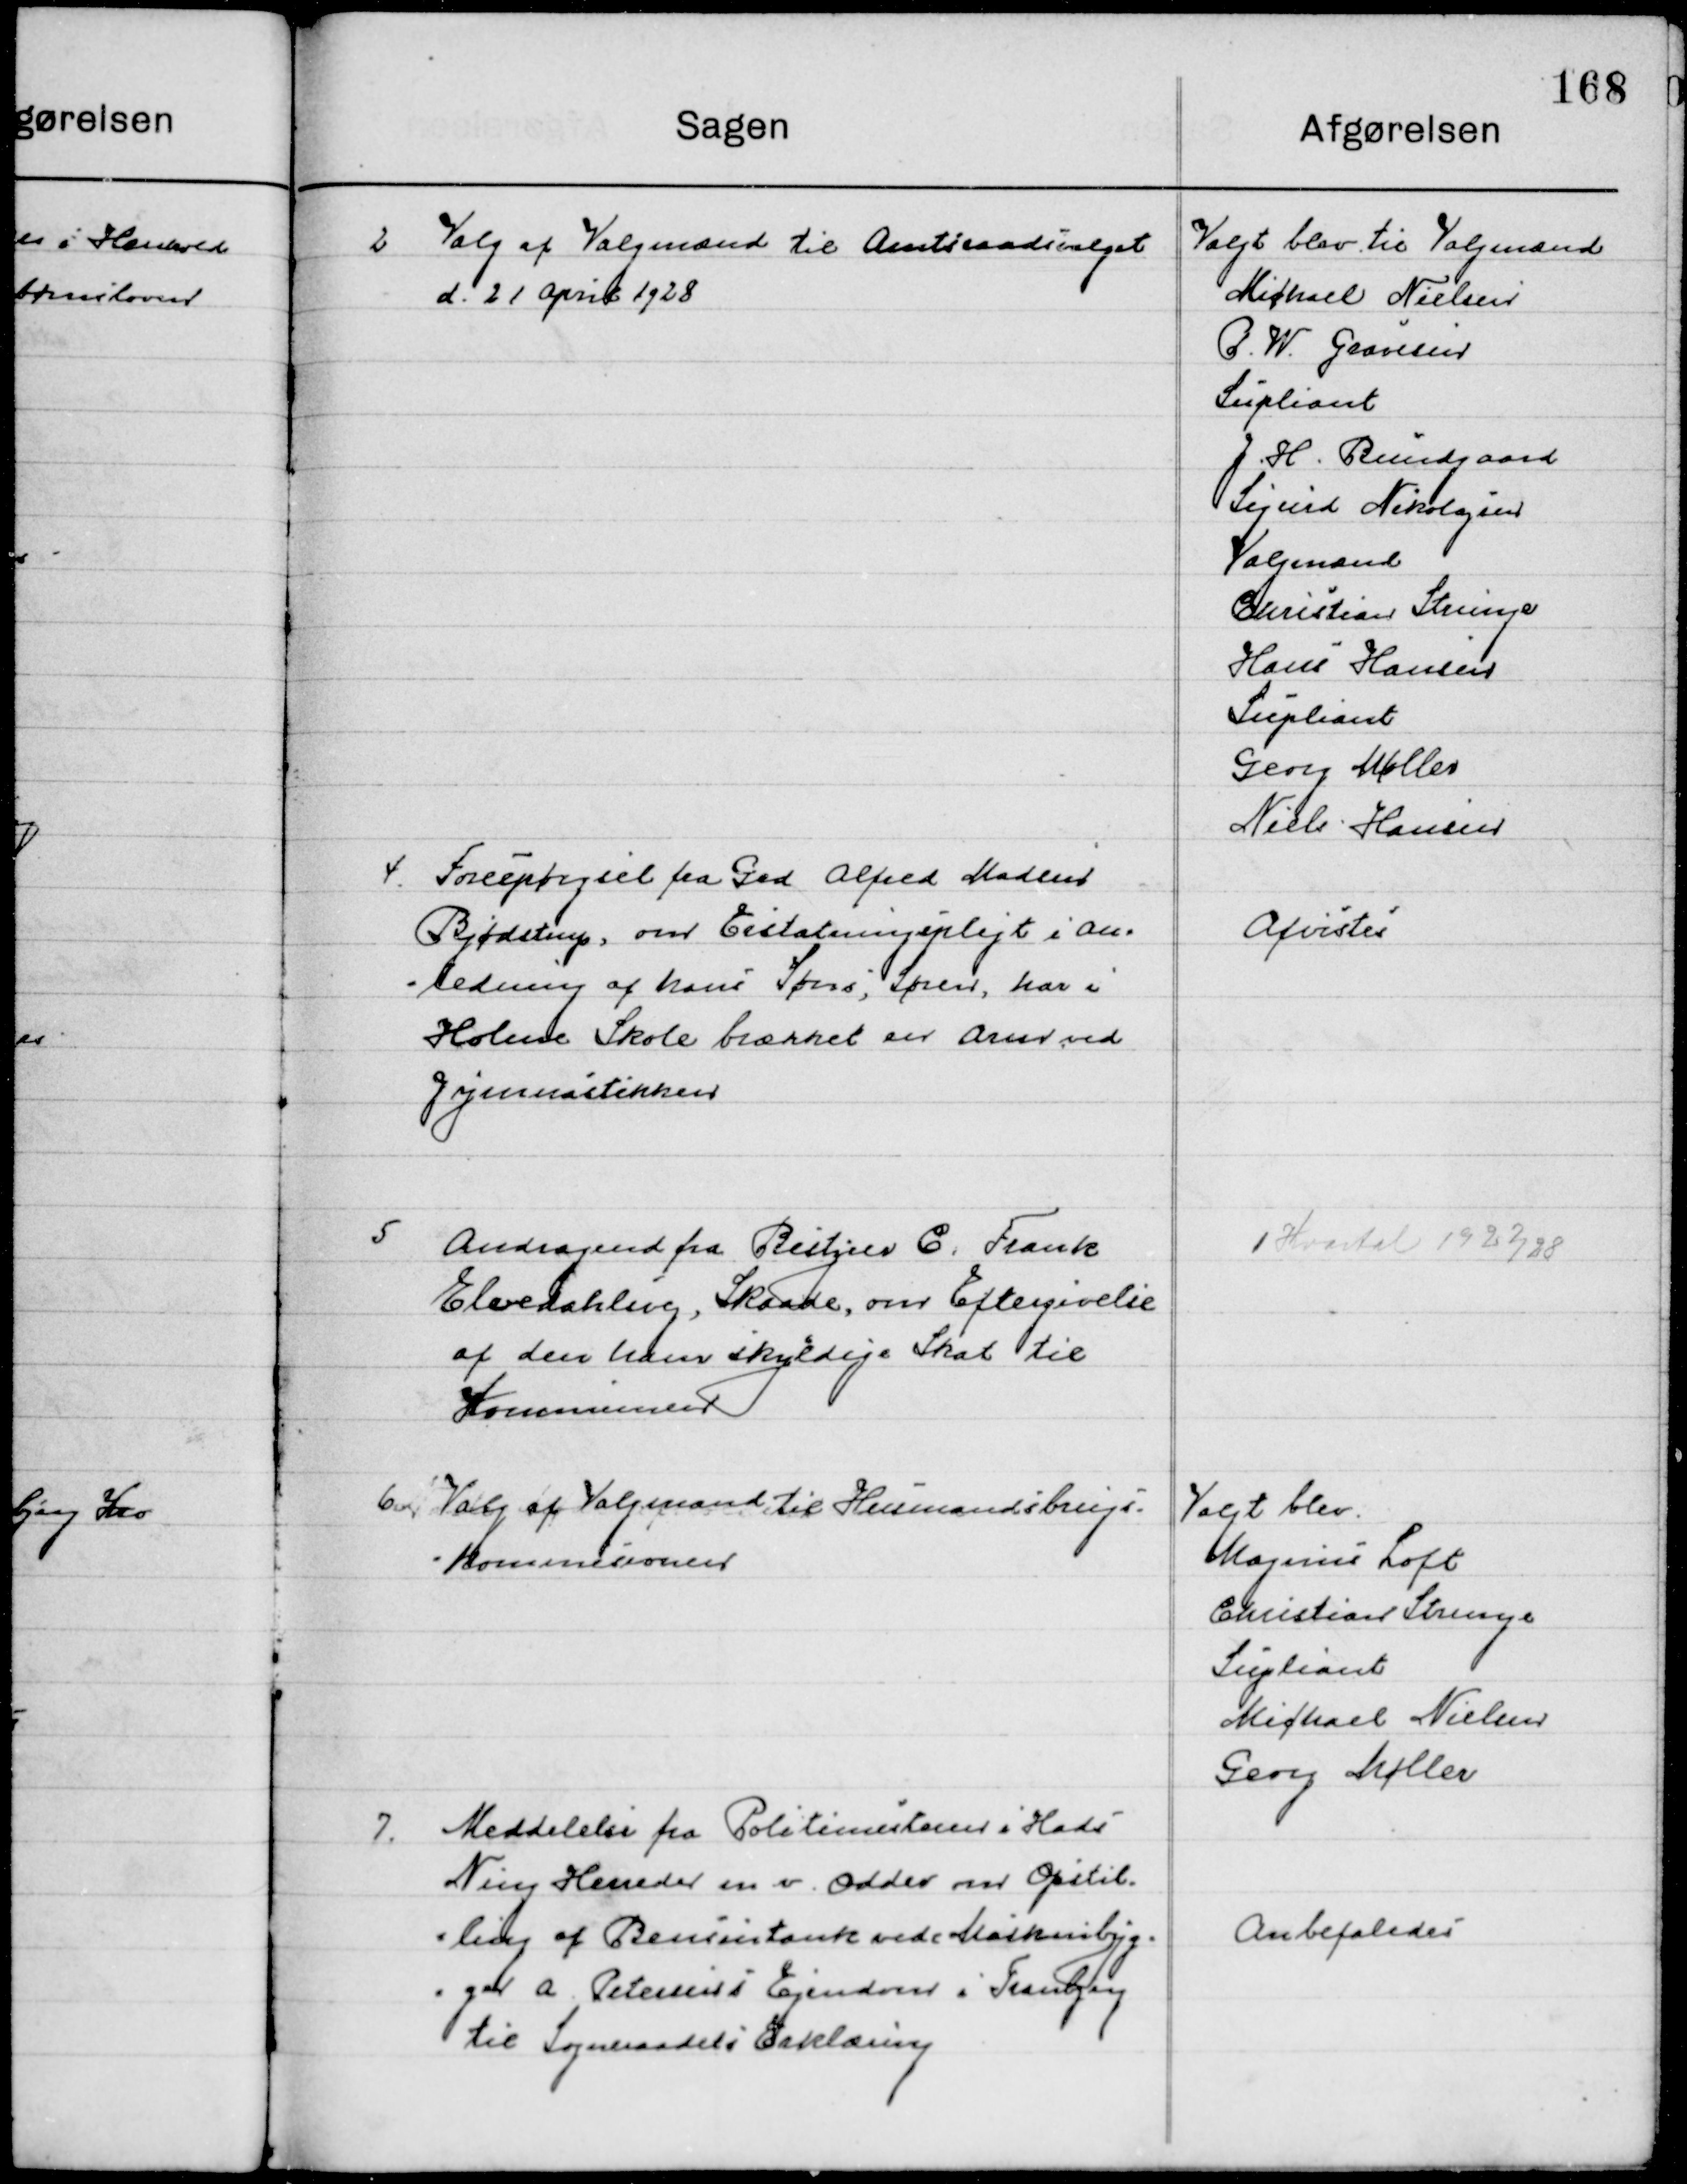
Transskription:
2

Valg af Valgmand til Amtsraadsudvalget
d. 21 April 1928.

Valgt blev til Valgmænd
Michael Nielsen
P. W. Graversen
Supliant
J. H. Bundgaard
Sigurd Nikolajsen 
Valgmænd
Christian Strunge
Hans Hansen
Supliant
Georg Møller
Niels Hansen

4

Forespørgsel fra Grd. Alfred Madsen
Bjødstrup, om Erstatningspligt i an-
ledning af hans Søns, Søren, har i 
Holme Skole brækket en Arm ved 
Gymnastikken.

Afvistes

5

Andragende fra Bestyrer C. Frank
Elvedahlsvej, Skaade, om eftergivelse 
af den han skyldige Skat til
Kommunen.

1 Kvartal 1927/28

6

Valg af Valgmand til Husmandsbrugs-
Kommissionen

Valgt blev
Marius Loft
Christian Strunge
Supliant
Michael Nielsen
Georg Møller

7

Meddelelse fra Politimesteren i Hads
Ning Herreder m.m. Odder om Opstil-
ling af en Bensintank ved Maskinbyg-
ningen A. Petersens Ejendom i Tranbjerg
til Sogneraadets Erklæring.

Anbefales